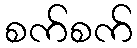
စက်စက်